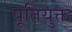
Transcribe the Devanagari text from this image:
पूतियुक्त